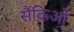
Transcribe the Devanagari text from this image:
सैंकिओ